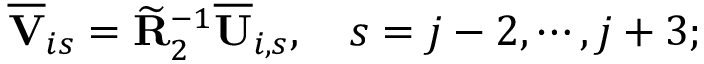
\overline { { \mathbf { V } } } _ { i s } = \widetilde { \mathbf { R } } _ { 2 } ^ { - 1 } \overline { { \mathbf { U } } } _ { i , s } , \quad s = j - 2 , \cdots , j + 3 ;